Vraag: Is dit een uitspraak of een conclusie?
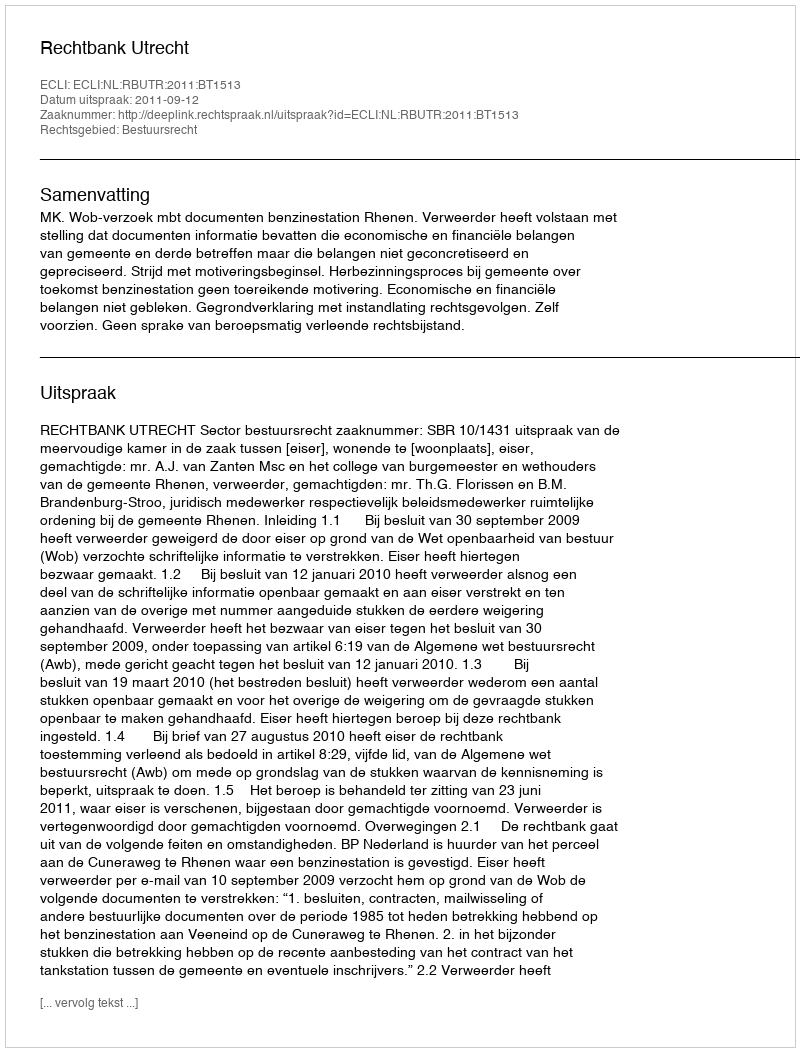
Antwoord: Uitspraak